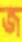
জ